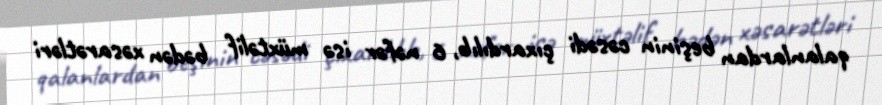
qalanlardan beşinin cəsədi çıxardılıb, 6 nəfər isə müxtəlif bədən xəsarətləri